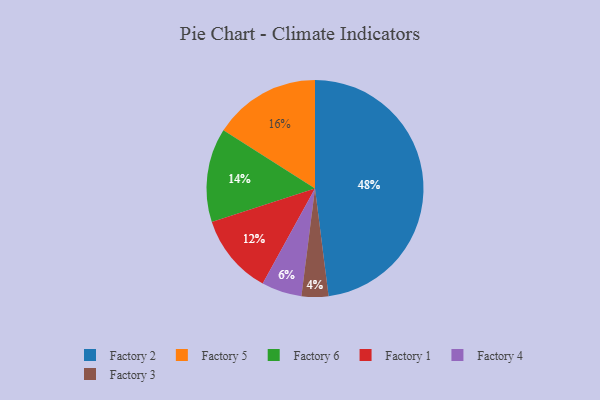
{"axis": {"x": "Category", "y": "Percentage"}, "legend": ["Factory 1", "Factory 2", "Factory 3", "Factory 4", "Factory 5", "Factory 6"], "data": [{"x": "Factory 6", "y": 14, "type": "Factory 6"}, {"x": "Factory 1", "y": 12, "type": "Factory 1"}, {"x": "Factory 5", "y": 16, "type": "Factory 5"}, {"x": "Factory 2", "y": 48, "type": "Factory 2"}, {"x": "Factory 4", "y": 6, "type": "Factory 4"}, {"x": "Factory 3", "y": 4, "type": "Factory 3"}]}